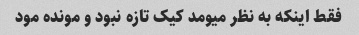
فقط اینکه به نظر میومد کیک تازه نبود و مونده مود